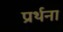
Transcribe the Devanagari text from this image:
प्रर्थना